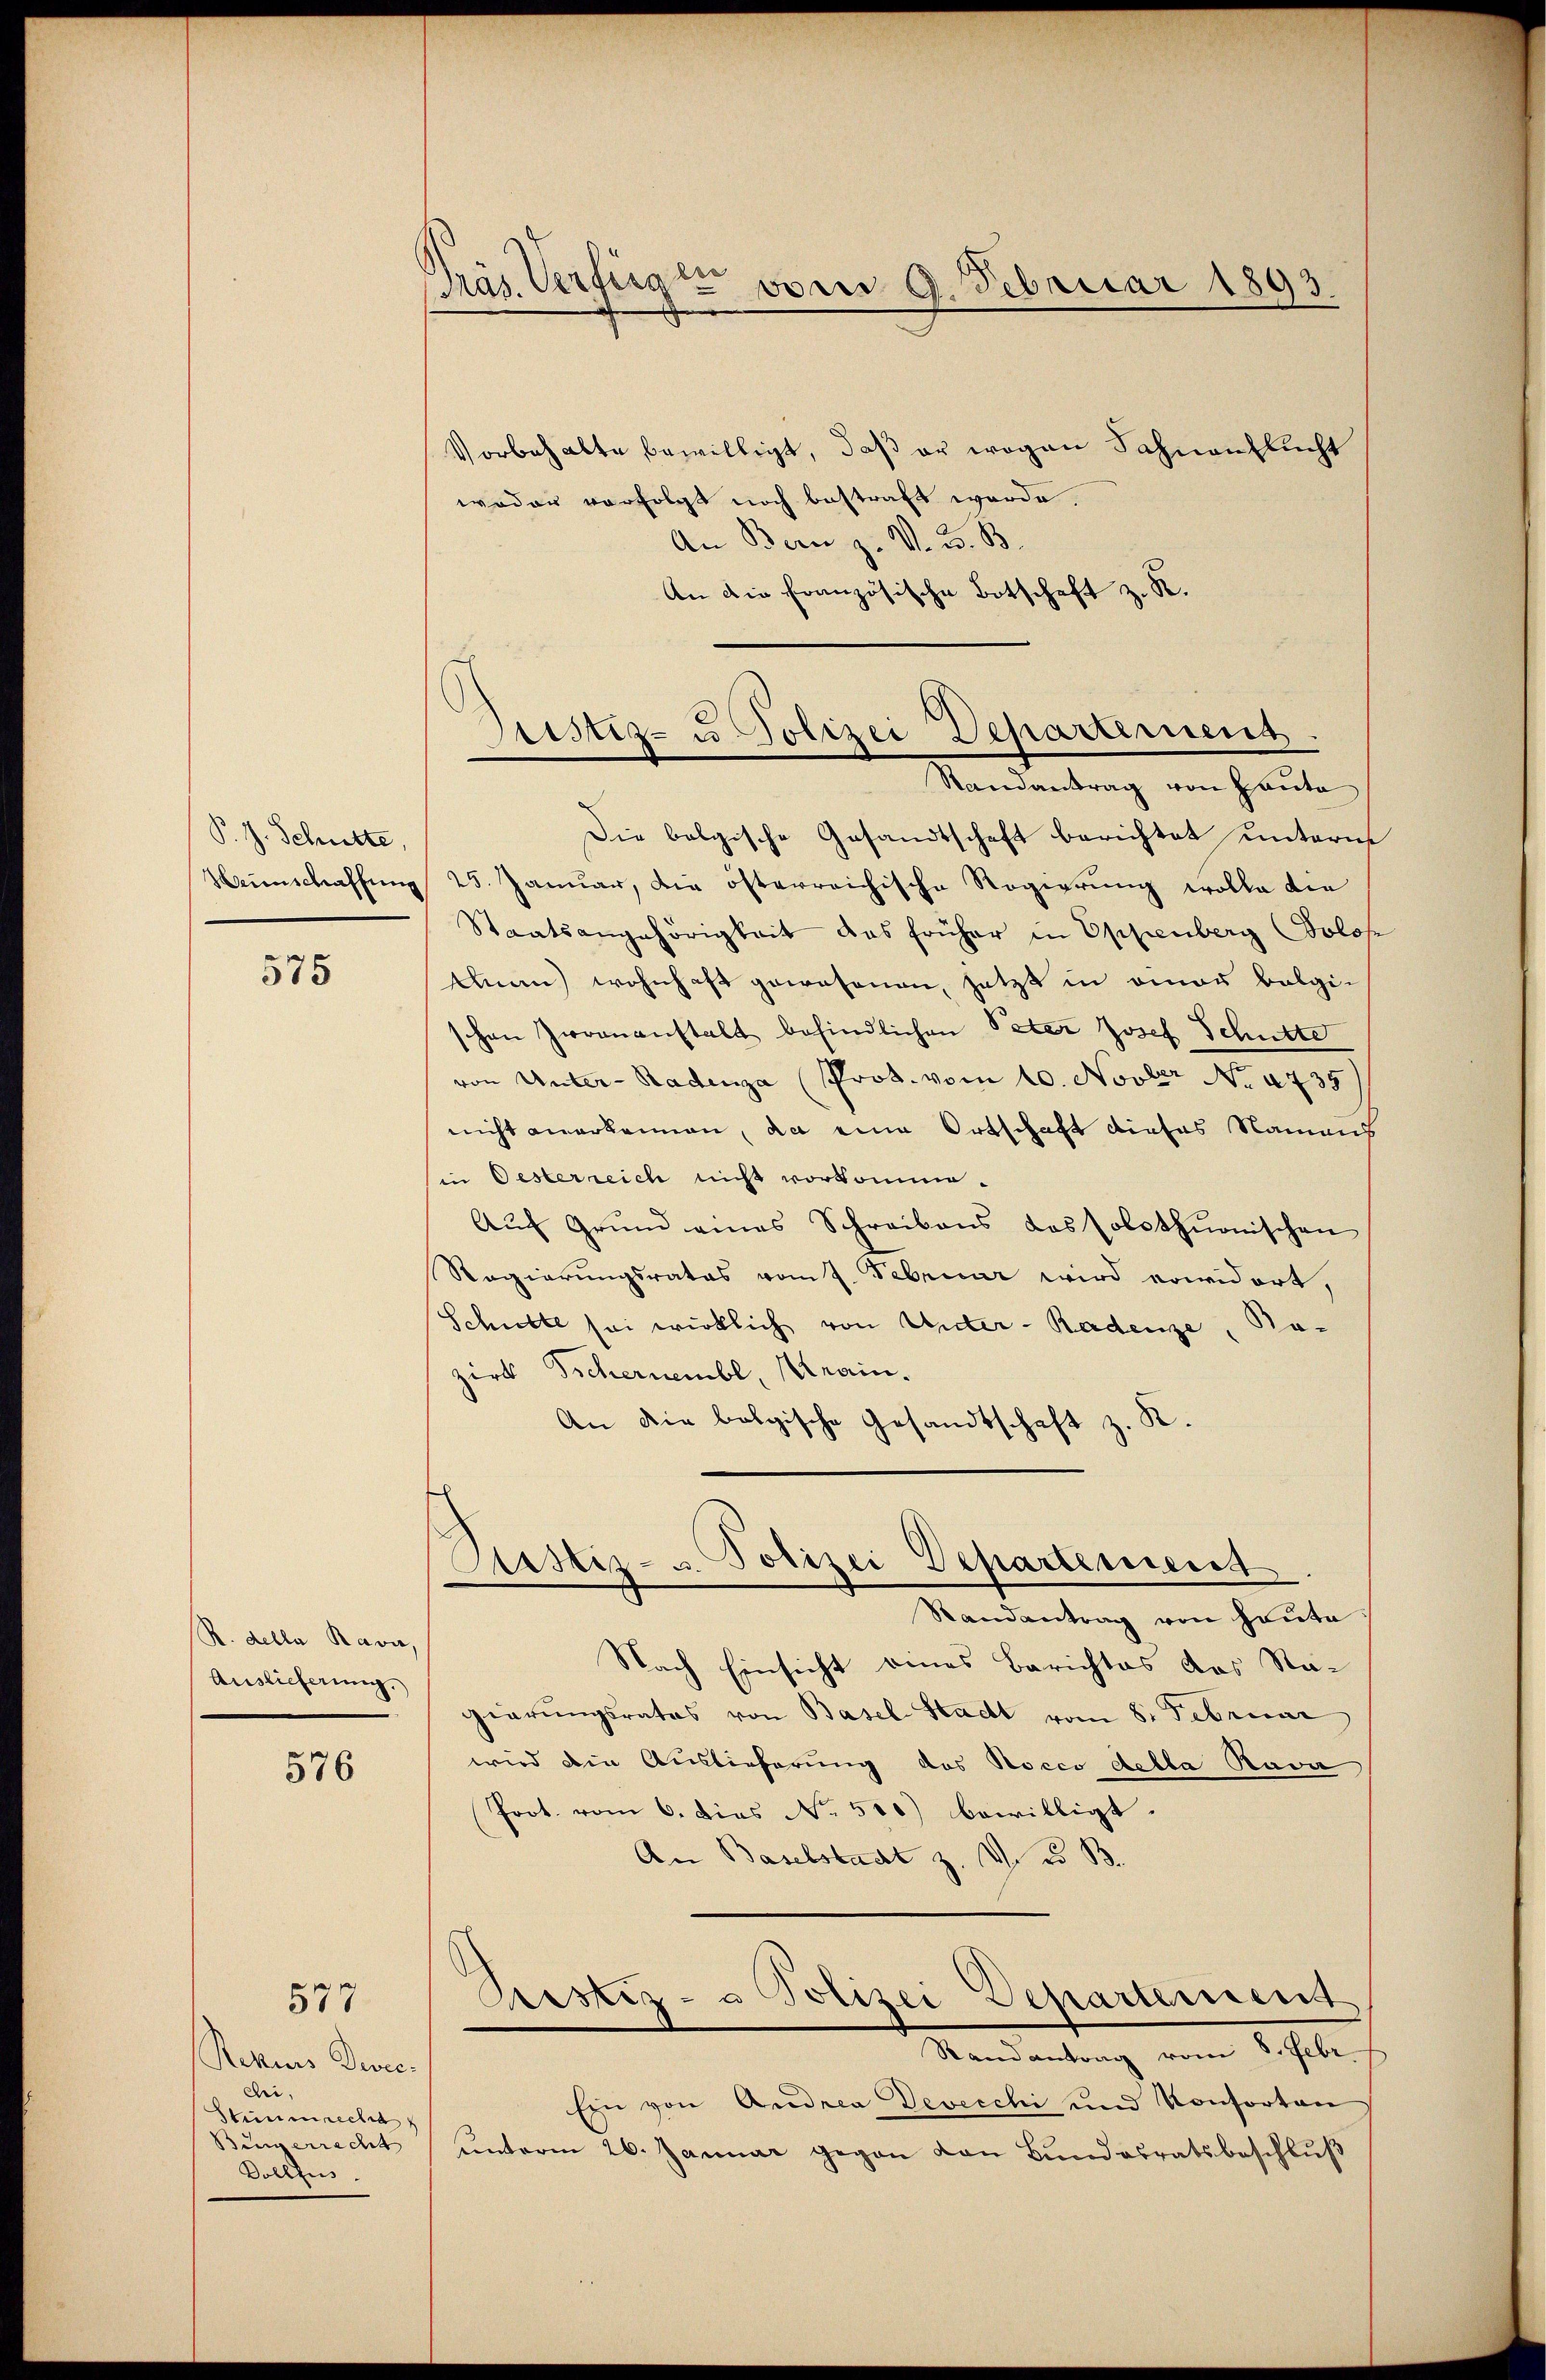
P. J. Schütte,
Heinschaffung

575

R. della Rava,
Auslieferung.

576

577

Rekurs Direcbei,
Stimmrecht
Bingerrecht
Vollzus

Präs. Verfügen vom 9. Februar 1893.

Vorbehalte bewilligt, daß er wegen Fahnenflucht
woder verfolgt noch bestraft werde.
An Bern z. V. D. B.
An die Französische Botschaft z. R.

Sistiz- u. Polizei Departement
Randantrag von Hauta

Die belgische Gesandtschaft berichtet unterm
25. Januar, die österreichische Regierung wolle die
Staatsangehörigkeit das früher in Oppenberg Solos¬
Annn) wohnhaft gewesenen, jetzt in einer balgischen Zwananstalt befindlichen Peter Josef Schütte
von Unter-Stadenza (Prok. vom 10. Novber No. 4735
nicht anerkennen, da eine Ortschaft dieses Namens
in Oesterreich nicht vorkomme.
Auf Grund eines Schreibens das solothŭonischen
Regierungsrates vom 7. Februar wird erwidert,
Schulte sei wirklich von Unter-Radenze, Ba-
zirk Tschernembl, Krain.
An die bolgische Gesandtschaft z. R.
Astiz- u. Polizei Departement
Randantrag von Heute
Nach Einsicht eines Berichtes das Ragierŭngsrates von Basel-Stadt vom 8. Februar
wird die Auslieferung des Rocco della Rava
Prot. vom 6. Dies No. 510) bewilligt.
An Baselstadt z. d. d. B.
Prestiz- & Polizei Departement
Mandantung vom 2. habe.
Ein von Andrea Devecchi und Konsorten
unterm 26. Januar gegen von Bundesratsbeschluß